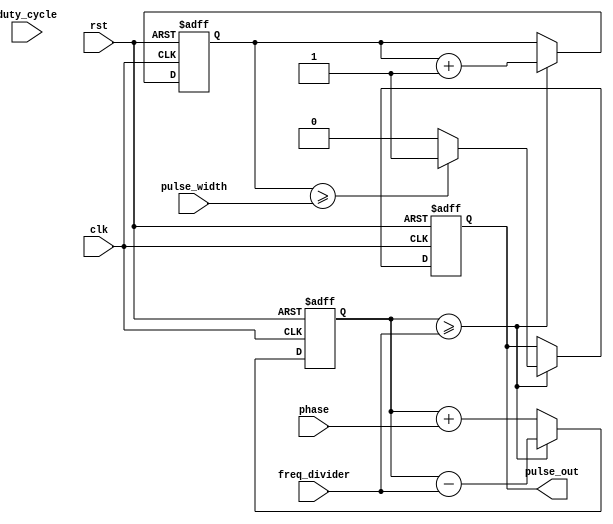
module Variable_Frequency_Pulse_Generator (
    input wire clk,
    input wire rst,
    input wire [7:0] freq_divider,
    input wire [7:0] phase,
    input wire [7:0] pulse_width,
    input wire [7:0] duty_cycle,
    output reg pulse_out
);

reg [15:0] phase_accumulator;
reg [7:0] filter_output;

always @(posedge clk or posedge rst) begin
    if (rst) begin
        phase_accumulator <= 16'h0000;
        filter_output <= 8'h00;
        pulse_out <= 1'b0;
    end
    else begin
        if (phase_accumulator >= freq_divider) begin
            phase_accumulator <= phase_accumulator - freq_divider;
            filter_output <= filter_output + 1;
            if (filter_output >= pulse_width) begin
                pulse_out <= 1'b1;
            end
            else begin
                pulse_out <= 1'b0;
            end
        end
        else begin
            phase_accumulator <= phase_accumulator + phase;
        end
    end
end

endmodule